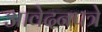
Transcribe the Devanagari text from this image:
आवेदनपत्रे